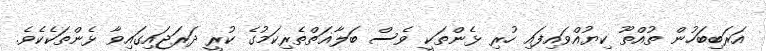
އަރަބިބަހުން ތުއްތޫ ކިޔުއްވައިފައި ހުރި ޅެންތަކީ ވެސް ބަލާޣަތްތެރިކަމުގެ ކުރީ ދަރަޖައިގައިވާ ޅެންތަކެކެވެ.